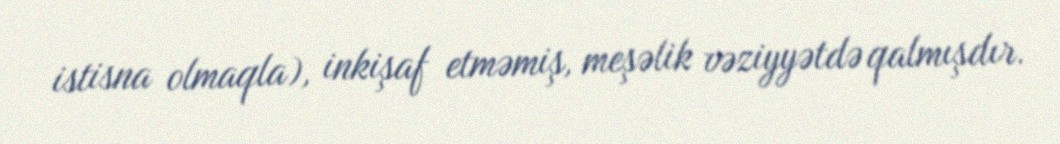
istisna olmaqla), inkişaf etməmiş, meşəlik vəziyyətdə qalmışdır.